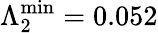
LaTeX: \Lambda_{2}^{\mathrm{min}}=0.052